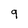
Character: 9